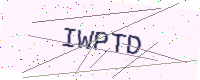
Text: IWPTD